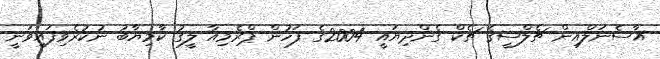
އާސެނަލްއިން ޗެލްސީގެ ޗެކް ގެންދިޔައީ 2004ގެ ފަހުން ޕްރެމިއާ ލީގު ކާމިޔާބު ނުކުރެވިފައިވަނީ